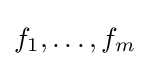
f_{1},\ldots ,f_{m}